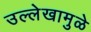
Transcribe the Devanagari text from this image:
उल्लेखामुळे